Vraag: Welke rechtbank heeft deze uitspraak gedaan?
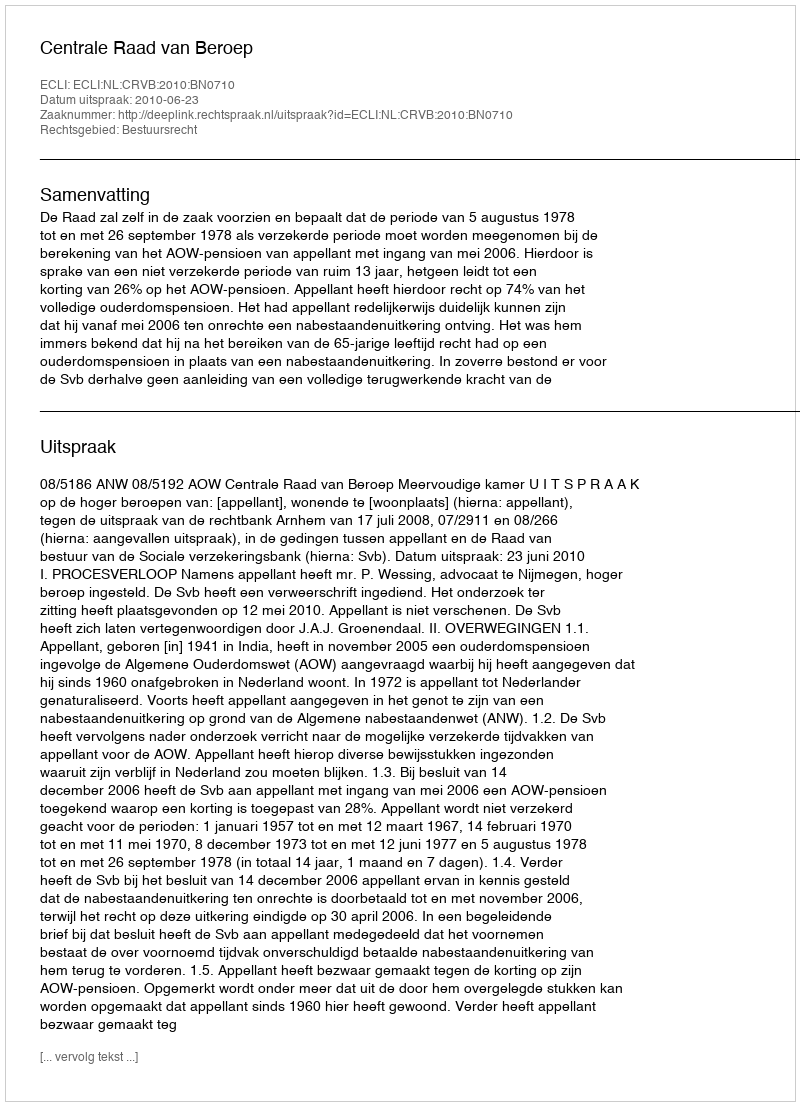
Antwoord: Centrale Raad van Beroep